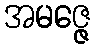
အမဇ္ဇေ